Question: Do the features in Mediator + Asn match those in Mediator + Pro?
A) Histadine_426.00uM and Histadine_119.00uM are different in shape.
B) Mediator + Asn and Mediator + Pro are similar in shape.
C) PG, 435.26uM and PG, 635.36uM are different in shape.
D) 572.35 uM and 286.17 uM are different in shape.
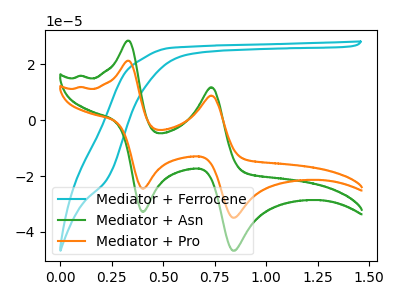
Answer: <think>The cyan curve "Mediator + Ferrocene" has no peaks. The green curve "Mediator + Asn" has anodic peaks at (0.35V, 28.50uA) (0.75V, 11.80uA) and cathodic peaks at (0.40V, -32.85uA) (0.85V, -46.80uA). The orange curve "Mediator + Pro" has anodic peaks at (0.35V, 21.30uA) (0.75V, 8.80uA) and cathodic peaks at (0.40V, -24.55uA) (0.85V, -35.00uA).
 All the peaks in "Mediator + Asn" have a peak in "Mediator + Pro" at the same potential. Every peak in "Mediator + Asn" is higher than every peak in "Mediator + Pro".</think>
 <answer>B) "Mediator + Asn" and "Mediator + Pro" are similar in shape.</answer>
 <eval>B</eval>